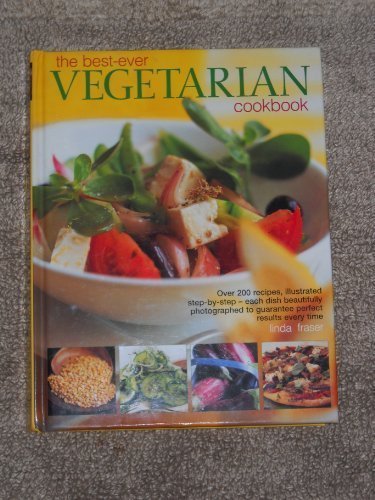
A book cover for The Best-Ever Vegetarian Cookbook; Linda Fraser; Health, Fitness & Dieting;